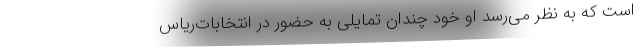
است که به نظر می‌رسد او خود چندان تمایلی به حضور در انتخابات‌ریاس